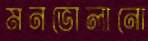
মনভোলানো